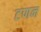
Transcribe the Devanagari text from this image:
टणन